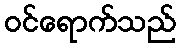
ဝင်ရောက်သည်